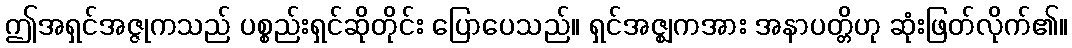
ဤအရှင်အဇ္ဇုကသည် ပစ္စည်းရှင်ဆိုတိုင်း ပြောပေသည်။ ရှင်အဇ္ဈကအား အနာပတ္တိဟု ဆုံးဖြတ်လိုက်၏။